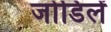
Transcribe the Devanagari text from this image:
जोडिलें